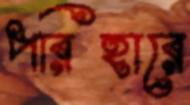
পরিহারে